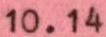
10.14